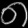
Digit: ၈